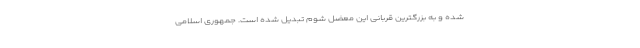
شده و به بزرگترین قربانی این معضل شوم تبدیل شده است. جمهوری اسلامی